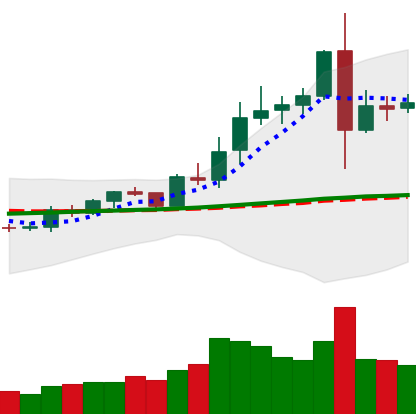
Ticker: EOS-USD
Chart end date: 2020-08-05
Forward return: 5.859%
Label: up_5_7